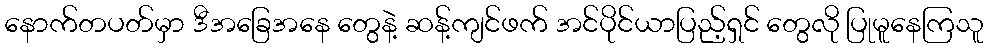
နောက်တပတ်မှာ ဒီအခြေအနေ တွေနဲ့ ဆန့်ကျင်ဖက် အင်ပိုင်ယာပြည့်ရှင် တွေလို ပြုမူနေကြသူ